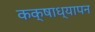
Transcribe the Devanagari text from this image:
कक्षाध्यापन